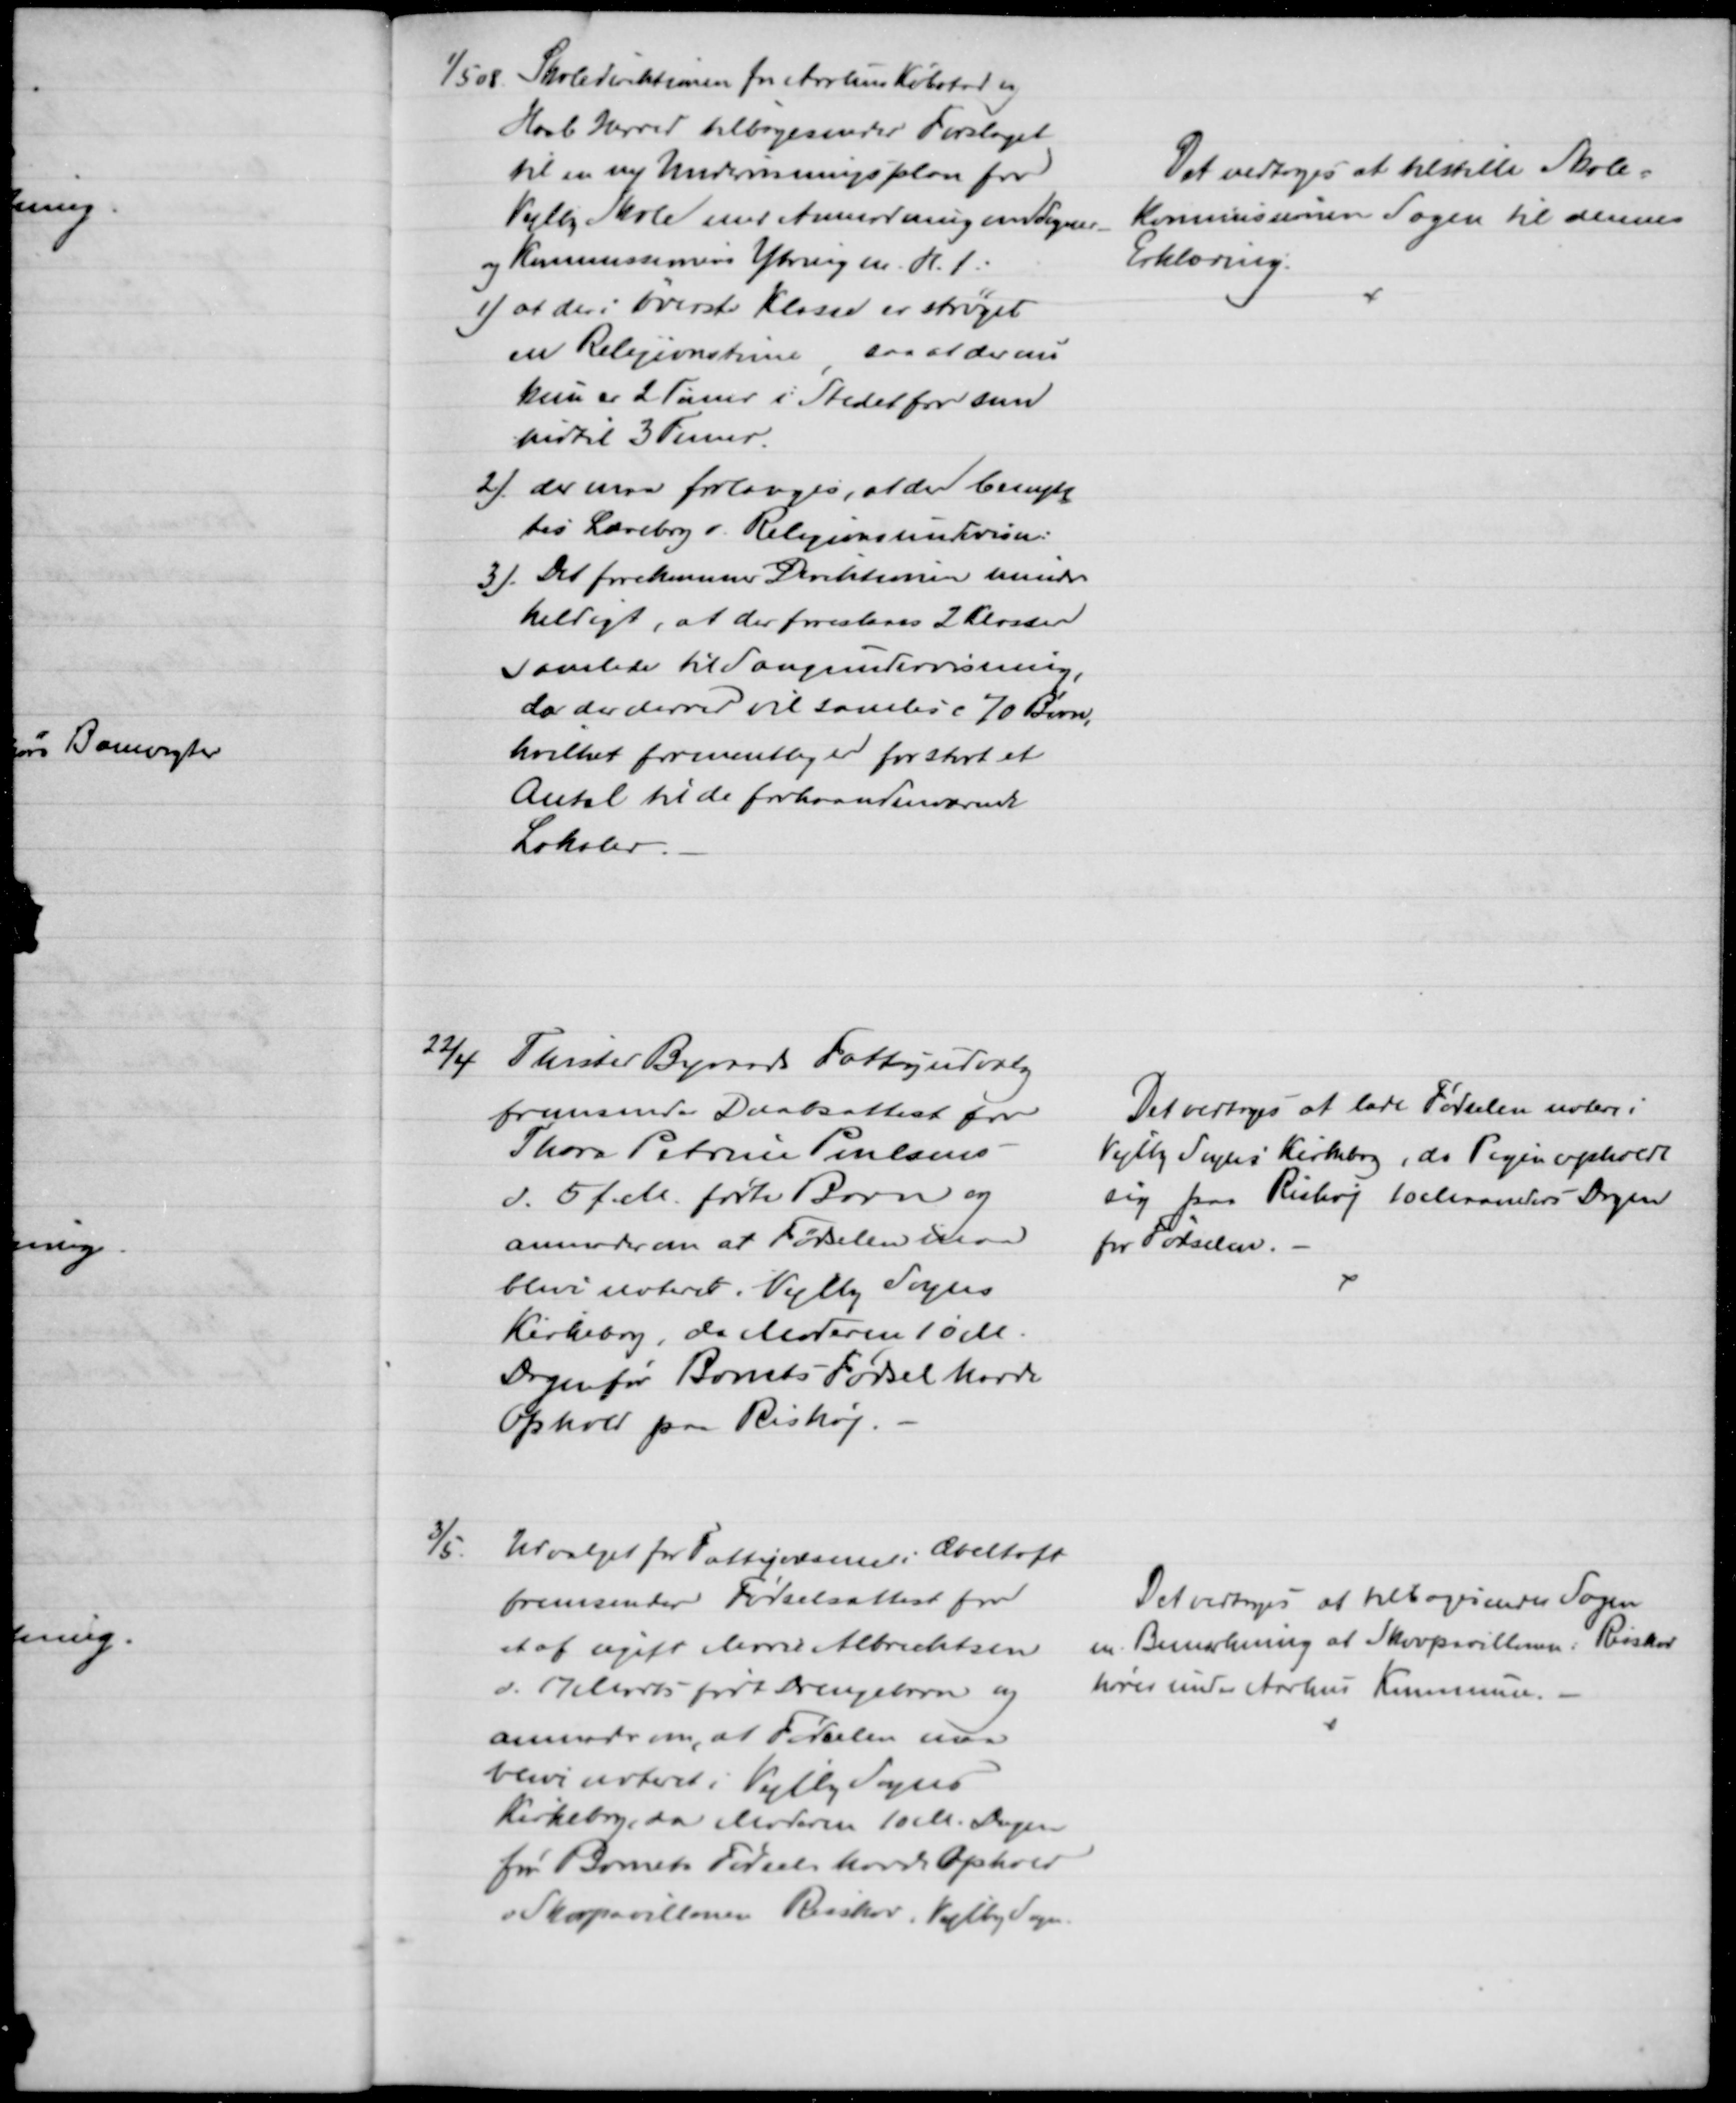
Transskription:
1/5 08. Skoledirektionen for Aarhus Købstad og
Hasle Herred tilbagesender Forslaget
til en ny Undervisningsplan for
Vejlby Skole med Anmodning om Sogner-
og Kommissionens Ytring m. H. t.:
1) at der i øverste Klasse er strøget
en Religionstime, saa at der nu
kun er 2 Timer i Stedet for som
hidtil 3 Timer.
2) der maa forlanges, at der benyt-
tes Lærebog i Religionsundervisn:
3). Det forekommer Direktionen mindre
heldigt, at der foreslaaes 2 Klasser
samlede til Sangundervisning,
da der derved vil samles c 70 Børn,
hvilket formentlig er for stort et
Antal til de forhaandenværende
Lokaler.
Det vedtoges at tilstille Skole-
kommissionen Sagen til dennes
Erklæring.
22/4 
Thisted Byraads Fattigudvalg
fremsender Daabsattest for
Thora Petrine Poulsens
d. 5 f. M. fødte Barn og
anmoder om at Fødselen maa
blive noteret i Vejlby Sogns
Kirkebog, da Moderen 10 M-
Dagen før Barnets Fødsel havde
Ophold paa Rishøj.
Det vedtoges at lade Fødselen notere i
Vejlby Sogns Kirkebog, da Pigen opholdt
sig paa Rishøj 10 Maaneders Dagen
for Fødselen.
3/5.
Udvalget for Fattigvæsenet i Æbeltoft
fremsender Fødselsattest for
et af ugift Marie Albrechtsen
d. 17 Marts født Drengebarn og
anmoder om, at Fødselen maa
blive noteret i Vejlby Sogns
Kirkebog, da Moderen 10 M. Dagen
før Barnets Fødsels havde Ophold
v. Skovpavillonen Risskov, Vejlby Sogn.
Det vedtoges at tilbagesende Sagen
m. Bemærkning at Skovpavillonen i Risskov 
hører under Aarhus Kommune.